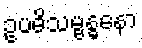
ဥပဓိသမ္ဗန္ဓနော